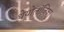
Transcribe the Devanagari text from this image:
थेयोलॉजिका